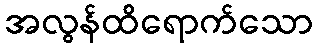
အလွန်ထိရောက်သော